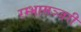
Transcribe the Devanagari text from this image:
रम्भामञ्जरी